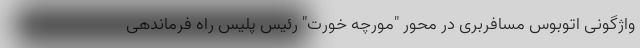
واژگونی اتوبوس مسافربری در محور "مورچه خورت" رئیس پلیس راه فرماندهی